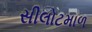
સીલોટમાળ